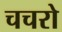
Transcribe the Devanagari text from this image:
चचरो